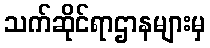
သက်ဆိုင်ရာဌာနများမှ